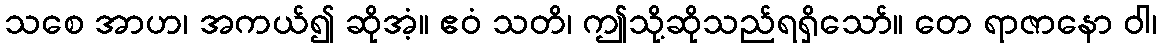
သစေ အာဟ၊ အကယ်၍ ဆိုအံ့။ ဧဝံ သတိ၊ ဤသို့ဆိုသည်ရရှိသော်။ တေ ရာဇာနော ဝါ၊